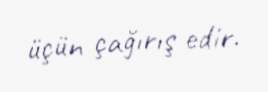
üçün çağırış edir.